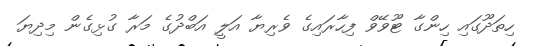
ހިތަދޫގައި ހިންގާ ޓޫވޭވް ފިހާރައިގެ ވެރިޔާ އަލީ އަބްދުގެ މަރާ ގުޅިގެން މިދިޔަ